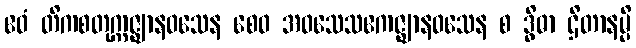
ဧဝံ တိကစတုက္ကဇ္ဈာနဝသေန စေဝ အဝသေသဧကဇ္ဈာနဝသေန စ ဒွိဓာ ဌိတာနမ္ပိ